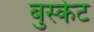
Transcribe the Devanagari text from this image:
बुस्केट